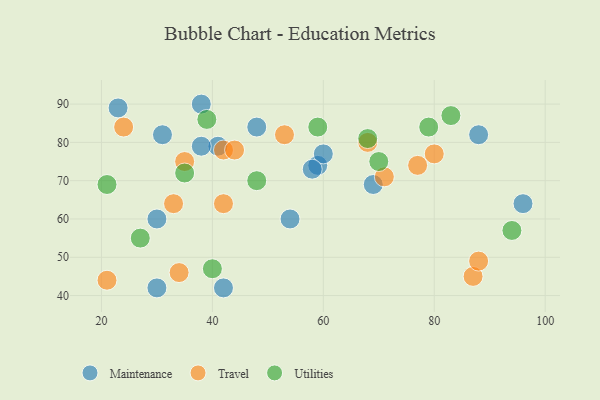
{"axis": {"x": "GDP", "y": "Life Expectancy"}, "legend": ["Maintenance", "Travel", "Utilities"], "data": [{"x": "88", "y": 82, "type": "Maintenance"}, {"x": "54", "y": 60, "type": "Maintenance"}, {"x": "69", "y": 69, "type": "Maintenance"}, {"x": "41", "y": 79, "type": "Maintenance"}, {"x": "96", "y": 64, "type": "Maintenance"}, {"x": "31", "y": 82, "type": "Maintenance"}, {"x": "23", "y": 89, "type": "Maintenance"}, {"x": "59", "y": 74, "type": "Maintenance"}, {"x": "38", "y": 79, "type": "Maintenance"}, {"x": "42", "y": 42, "type": "Maintenance"}, {"x": "60", "y": 77, "type": "Maintenance"}, {"x": "38", "y": 90, "type": "Maintenance"}, {"x": "48", "y": 84, "type": "Maintenance"}, {"x": "58", "y": 73, "type": "Maintenance"}, {"x": "30", "y": 60, "type": "Maintenance"}, {"x": "30", "y": 42, "type": "Maintenance"}, {"x": "24", "y": 84, "type": "Travel"}, {"x": "68", "y": 80, "type": "Travel"}, {"x": "80", "y": 77, "type": "Travel"}, {"x": "42", "y": 78, "type": "Travel"}, {"x": "71", "y": 71, "type": "Travel"}, {"x": "42", "y": 64, "type": "Travel"}, {"x": "77", "y": 74, "type": "Travel"}, {"x": "33", "y": 64, "type": "Travel"}, {"x": "87", "y": 45, "type": "Travel"}, {"x": "34", "y": 46, "type": "Travel"}, {"x": "44", "y": 78, "type": "Travel"}, {"x": "35", "y": 75, "type": "Travel"}, {"x": "21", "y": 44, "type": "Travel"}, {"x": "53", "y": 82, "type": "Travel"}, {"x": "88", "y": 49, "type": "Travel"}, {"x": "21", "y": 69, "type": "Utilities"}, {"x": "83", "y": 87, "type": "Utilities"}, {"x": "35", "y": 72, "type": "Utilities"}, {"x": "68", "y": 81, "type": "Utilities"}, {"x": "59", "y": 84, "type": "Utilities"}, {"x": "70", "y": 75, "type": "Utilities"}, {"x": "94", "y": 57, "type": "Utilities"}, {"x": "48", "y": 70, "type": "Utilities"}, {"x": "40", "y": 47, "type": "Utilities"}, {"x": "39", "y": 86, "type": "Utilities"}, {"x": "79", "y": 84, "type": "Utilities"}, {"x": "27", "y": 55, "type": "Utilities"}]}